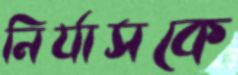
নির্যাসকে